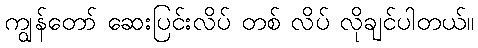
ကျွန်တော် ဆေးပြင်းလိပ် တစ် လိပ် လိုချင်ပါတယ်။